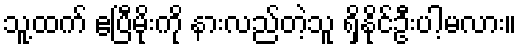
သူ့ထက် ဧပြီမိုးကို နားလည်တဲ့သူ ရှိနိုင်ဦးပါ့မလား။